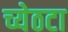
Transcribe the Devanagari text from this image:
च्येठटा